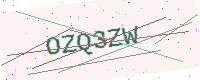
Text: OZQ3ZW